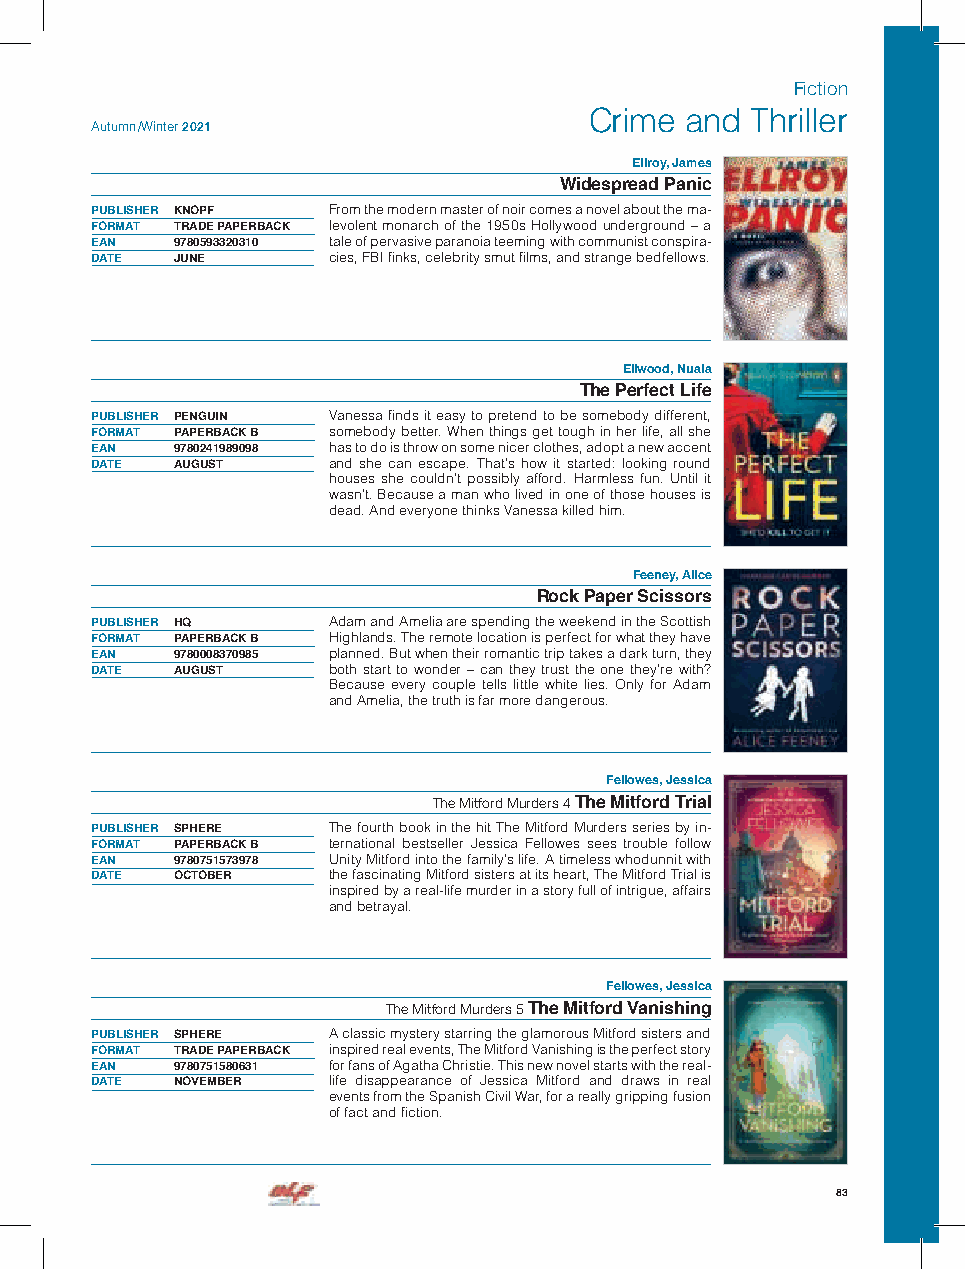
Fiction
 Crime and  Thriller
 Autumn /Winter 2021
 Ellroy, James
 Widespread Panic
 PUBLISHER KNOPF From the modern master of noir comes a novel about the ma-
 FORMAT TRADE PAPERBACK levolent monarch of the 1950s Hollywood underground – a
 EAN  9780593320310 tale of pervasive paranoia teeming with communist conspira-
 DATE JUNE       cies, FBI finks, celebrity smut films, and strange bedfellows.
 Ellwood, Nuala
 The Perfect Life
 PUBLISHER PENGUIN Vanessa finds it easy to pretend to be somebody different,
 FORMAT PAPERBACK B somebody better. When things get tough in her life, all she
 EAN  9780241989098 has to do is throw on some nicer clothes, adopt a new accent
 DATE AUGUST     and she can escape. That’s how it started: looking round
 houses she couldn’t possibly afford. Harmless fun. Until it
 wasn’t. Because a man who lived in one of those houses is
 dead. And everyone thinks Vanessa killed him.
 Feeney, Alice
 Rock Paper Scissors
 PUBLISHER HQ    Adam and Amelia are spending the weekend in the Scottish
 FORMAT PAPERBACK B Highlands. The remote location is perfect for what they have
 EAN  9780008370985 planned. But when their romantic trip takes a dark turn, they
 DATE AUGUST     both start to wonder – can they trust the one they’re with?
 Because every couple tells little white lies. Only for Adam
 and Amelia, the truth is far more dangerous.
 Fellowes, Jessica
 The Mitford Murders 4 The Mitford Trial
 PUBLISHER SPHERE The fourth book in the hit The Mitford Murders series by in-
 FORMAT PAPERBACK B ternational bestseller Jessica Fellowes sees trouble follow
 EAN  9780751573978 Unity Mitford into the family’s life. A timeless whodunnit with
 DATE OCTOBER    the fascinating Mitford sisters at its heart, The Mitford Trial is
 inspired by a real-life murder in a story full of intrigue, affairs
 and betrayal.
 Fellowes, Jessica
 The Mitford Murders 5 The Mitford Vanishing
 PUBLISHER SPHERE A classic mystery starring the glamorous Mitford sisters and
 FORMAT TRADE PAPERBACK inspired real events, The Mitford Vanishing is the perfect story
 EAN  9780751580631 for fans of Agatha Christie. This new novel starts with the real-
 DATE NOVEMBER   life disappearance of Jessica Mitford and draws in real
 events from the Spanish Civil War, for a really gripping fusion
 of fact and fiction.
 83